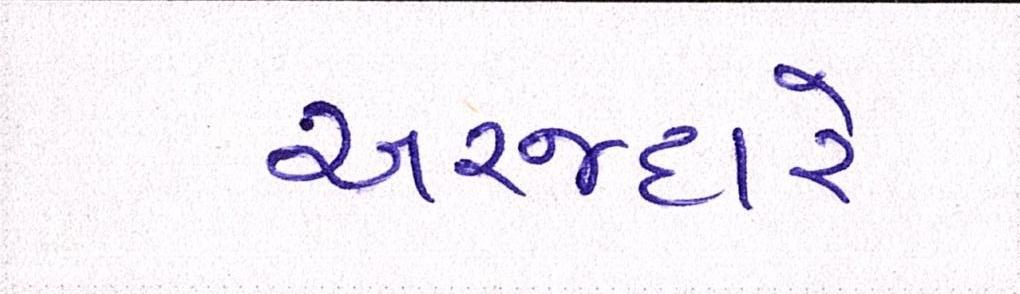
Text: અરજદારે